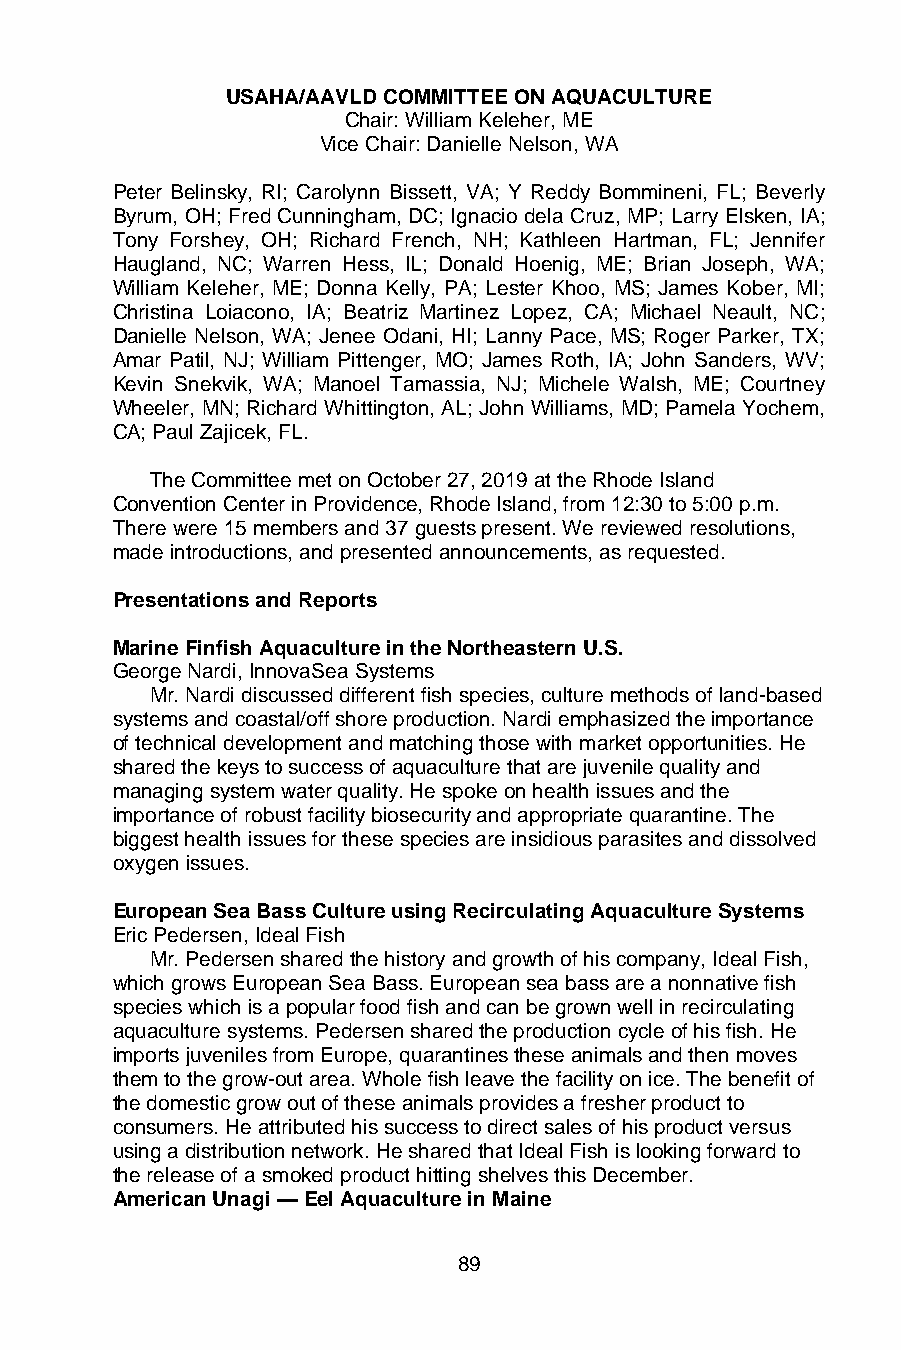
USAHA/AAVLD COMMITTEE ON AQUACULTURE
 Chair: William Keleher, ME
 Vice Chair: Danielle Nelson, WA
 Peter Belinsky, RI; Carolynn Bissett, VA; Y Reddy Bommineni, FL; Beverly
 Byrum, OH; Fred Cunningham, DC; Ignacio dela Cruz, MP; Larry Elsken, IA;
 Tony Forshey, OH; Richard French, NH; Kathleen Hartman, FL; Jennifer
 Haugland, NC; Warren Hess, IL; Donald Hoenig, ME; Brian Joseph, WA;
 William Keleher, ME; Donna Kelly, PA; Lester Khoo, MS; James Kober, MI;
 Christina Loiacono, IA; Beatriz Martinez Lopez, CA; Michael Neault, NC;
 Danielle Nelson, WA; Jenee Odani, HI; Lanny Pace, MS; Roger Parker, TX;
 Amar Patil, NJ; William Pittenger, MO; James Roth, IA; John Sanders, WV;
 Kevin Snekvik, WA; Manoel Tamassia, NJ; Michele Walsh, ME; Courtney
 Wheeler, MN; Richard Whittington, AL; John Williams, MD; Pamela Yochem,
 CA; Paul Zajicek, FL.
 The Committee met on October 27, 2019 at the Rhode Island
 Convention Center in Providence, Rhode Island, from 12:30 to 5:00 p.m.
 There were 15 members and 37 guests present. We reviewed resolutions,
 made introductions, and presented announcements, as requested.
 Presentations and Reports
 Marine Finfish Aquaculture in the Northeastern U.S.
 George Nardi, InnovaSea Systems
 Mr. Nardi discussed different fish species, culture methods of land-based
 systems and coastal/off shore production. Nardi emphasized the importance
 of technical development and matching those with market opportunities. He
 shared the keys to success of aquaculture that are juvenile quality and
 managing system water quality. He spoke on health issues and the
 importance of robust facility biosecurity and appropriate quarantine. The
 biggest health issues for these species are insidious parasites and dissolved
 oxygen issues.
 European Sea Bass Culture using Recirculating Aquaculture Systems
 Eric Pedersen, Ideal Fish
 Mr. Pedersen shared the history and growth of his company, Ideal Fish,
 which grows European Sea Bass. European sea bass are a nonnative fish
 species which is a popular food fish and can be grown well in recirculating
 aquaculture systems. Pedersen shared the production cycle of his fish. He
 imports juveniles from Europe, quarantines these animals and then moves
 them to the grow-out area. Whole fish leave the facility on ice. The benefit of
 the domestic grow out of these animals provides a fresher product to
 consumers. He attributed his success to direct sales of his product versus
 using a distribution network. He shared that Ideal Fish is looking forward to
 the release of a smoked product hitting shelves this December.
 American Unagi — Eel Aquaculture in Maine
 89